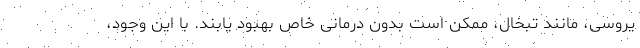
یروسی، مانند تبخال، ممکن است بدون درمانی خاص بهبود یابند. با این وجود،